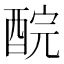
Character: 𨠻